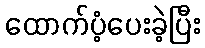
ထောက်ပံ့ပေးခဲ့ပြီး